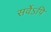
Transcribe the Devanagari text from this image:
सर्वेऽपि